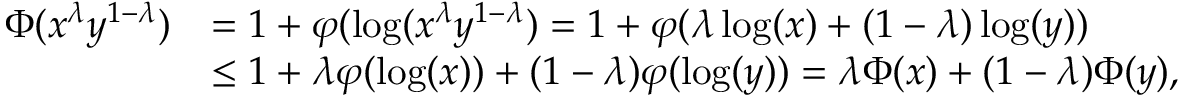
\begin{array} { r l } { \Phi ( x ^ { \lambda } y ^ { 1 - \lambda } ) } & { = 1 + \varphi ( \log ( x ^ { \lambda } y ^ { 1 - \lambda } ) = 1 + \varphi ( \lambda \log ( x ) + ( 1 - \lambda ) \log ( y ) ) } \\ & { \leq 1 + \lambda \varphi ( \log ( x ) ) + ( 1 - \lambda ) \varphi ( \log ( y ) ) = \lambda \Phi ( x ) + ( 1 - \lambda ) \Phi ( y ) , } \end{array}